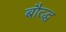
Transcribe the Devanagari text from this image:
बौत्द्ध